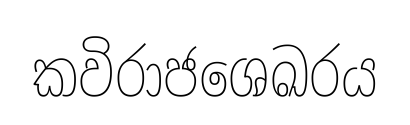
කවිරාජශෙඛරය